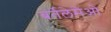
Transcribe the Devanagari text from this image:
बर्तेलेमेओ